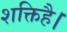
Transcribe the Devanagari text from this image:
शक्तिहै।